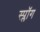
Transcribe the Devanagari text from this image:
स्प्लॉग